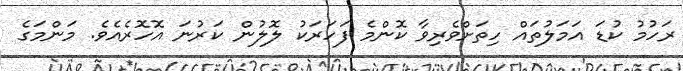
ރަހުމު ކުޑަ އަމަލުތައް ހިތަށްވެރިވާ ކޮންމެ ފަހަރަކު ލޮލުން ކަރުނަ އޮހޮރެއެވެ. މަންމަގެ